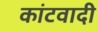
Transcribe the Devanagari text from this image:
कांटवादी